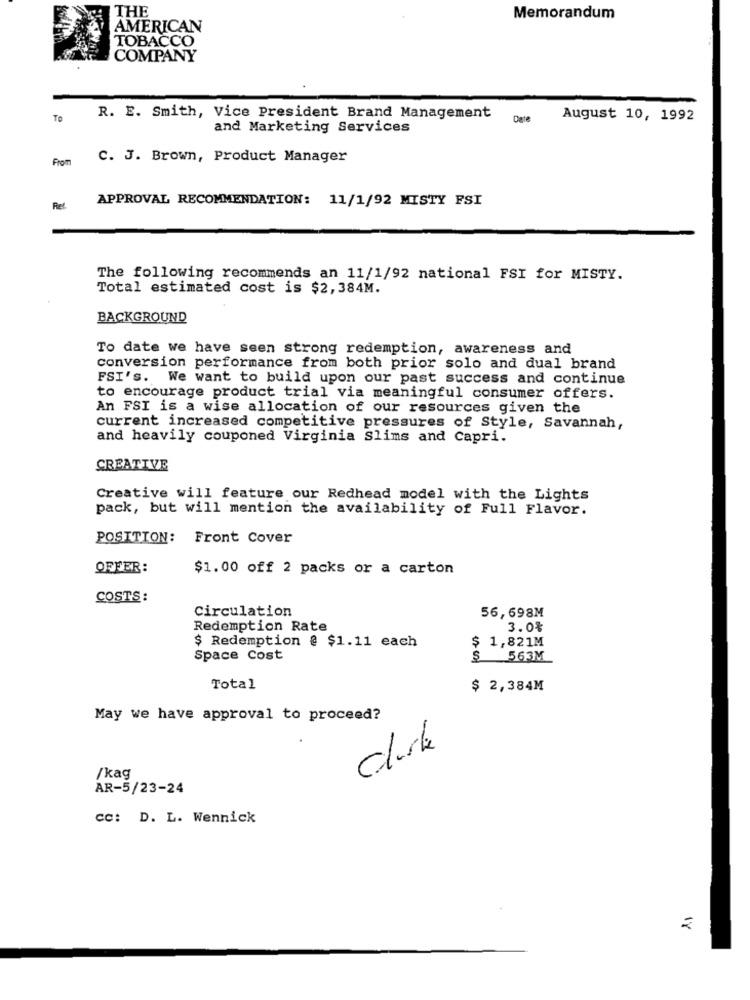
THE
Memorandum
AMERICAN
TOBACCO
COMPANY
TO
R. E. Smith, Vice President Brand Management
Date
August 10, 1992
and Marketing Services
From
C. J. Brown, Product Manager
APPROVAL RECOMMENDATION: 11/1/92 MISTY FSI
Ret.
The following recommends an 11/1/92 national FSI for MISTY.
Total estimated cost is $2,384M.
BACKGROUND
To date we have seen strong redemption, awareness and
conversion performance from both prior solo and dual brand
FSI's. We want to build upon our past success and continue
to encourage product trial via meaningful consumer offers.
An FSI is a wise allocation of our resources given the
current increased competitive pressures of Style, Savannah,
and heavily couponed Virginia Slims and Capri.
CREATIVE
Creative will feature our Redhead model with the Lights
pack, but will mention the availability of Full Flavor.
POSITION:
Front Cover
OFFER:
$1.00 off 2 packs or a carton
COSTS:
Circulation
56,698M
Redemption Rate
3.0%
$ Redemption @ $1.11 each
$ 1,821M
Space Cost
S
563M
Total
$ 2,384M
May we have approval to proceed?
clark
/kag
AR-5/23-24
cc: D. L. Wennick
2